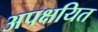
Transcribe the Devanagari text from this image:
अपक्षयित